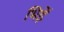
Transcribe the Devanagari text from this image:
भिड़ें